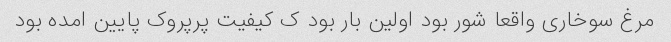
مرغ سوخاری واقعا شور بود اولین بار بود ک کیفیت پرپروک پایین امده بود